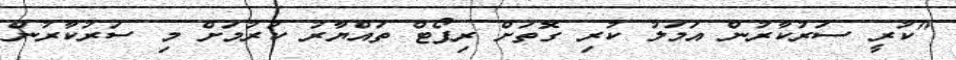
"ކުރީ ސަރުކާރުން އަމަލު ކުރި ގޮތަށް ރިޕޯޓް ތައްޔާރު ކުރުމަށް މި ސަރުކާރުން